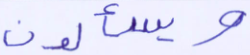
ويسألون